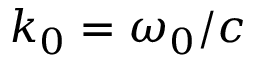
k _ { 0 } = { \omega _ { 0 } } / { c }